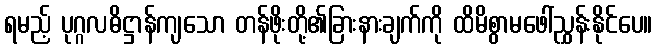
ရမည့် ပုဂ္ဂလဓိဋ္ဌာန်ကျသော တန်ဖိုးတို့၏ခြားနားချက်ကို ထိမိစွာမဖေါ်ညွှန်းနိုင်ပေ။